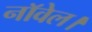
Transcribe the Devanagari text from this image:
नाॅवेल।